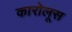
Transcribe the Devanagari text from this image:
कारोलूस